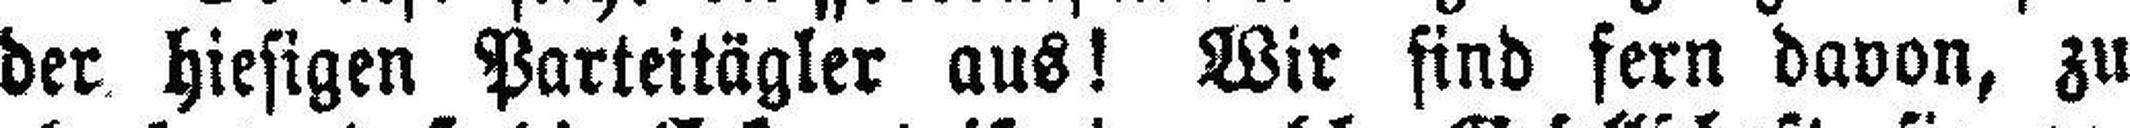
der hiesigen Parteitägler aus! Wir find fern davon, zu